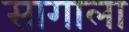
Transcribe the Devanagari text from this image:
सागाला